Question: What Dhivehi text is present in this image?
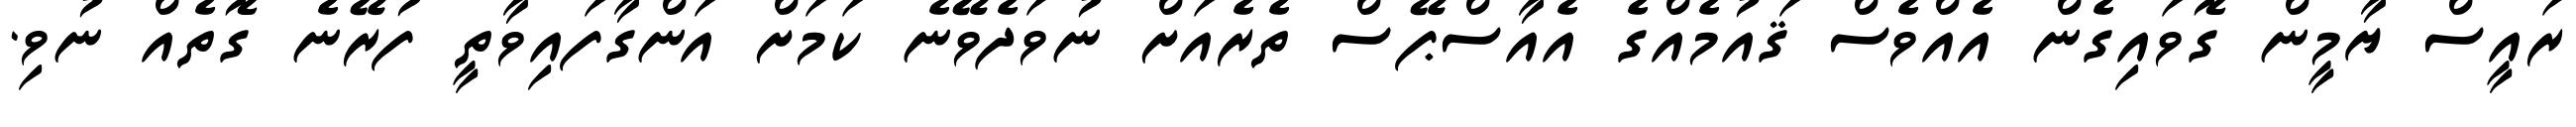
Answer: ރައީސް ޔާމީން ގޮވައިގެން އެއްވެސް ޤައުމެއްގެ އެއާސްޕޭސް ތެރެއަށް ނުވަދެވޭނެ ކަމަށް އަންގާފައިވާތީ ފުރޭނެ ގޮތެއް ނުވި.